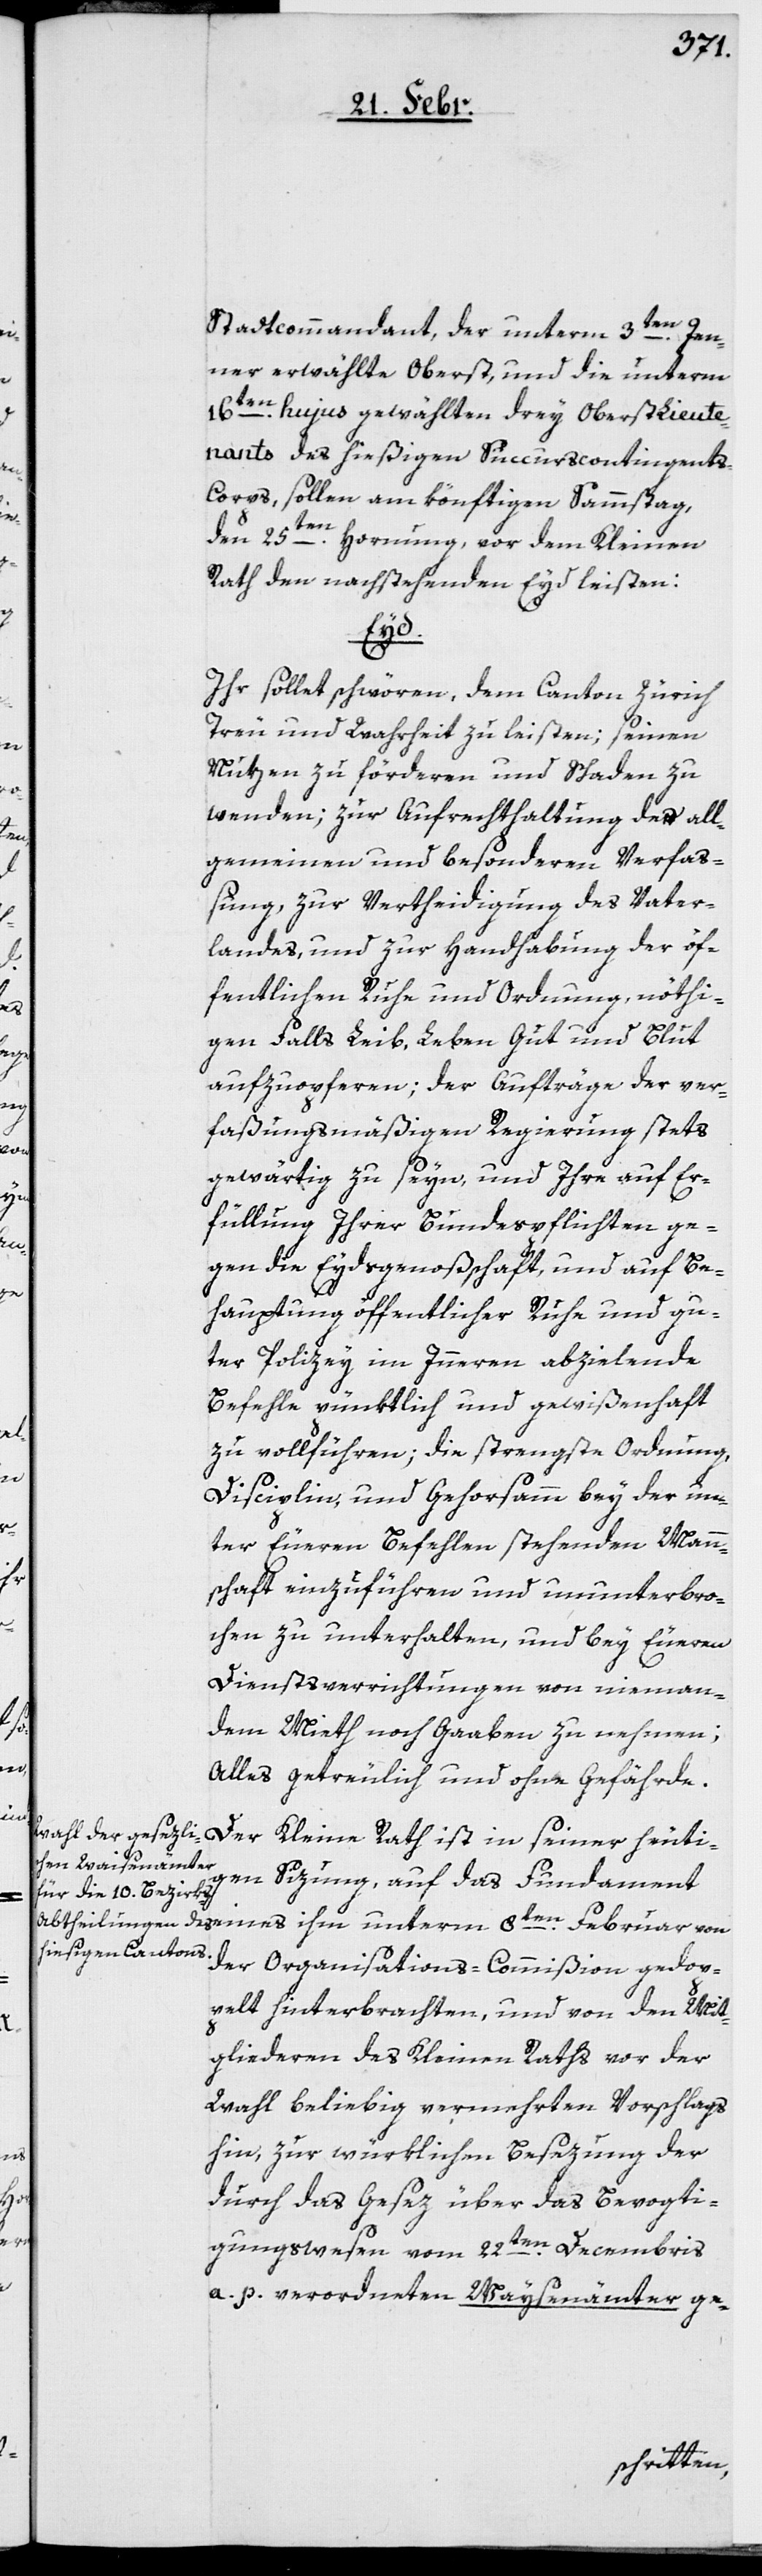
Stadtcommandant, der unterm 3ten. Jen¬
ner erwählte Oberst, und die unterm
16ten. hujus gewählten drey Oberstlieute¬
nants des hießigen Succurscontingent¬
s-Corps, sollen am könftigen Sammstag,
den 25ten. Hornung, vor dem Kleinen
Rath den nachstehenden Eyd leisten:
Februar
Ihr sollet schwören, dem Canton Zürich
Treu und Wahrheit zu leisten; seinen
Nutzen zu förderen und Schaden zu
wenden; zur Aufrechthaltung der all¬
gemeinen und besonderen Verfaß¬
ung, zu Verteidigung des Vater¬
landes und zur Handhabung der öf¬
fentlichen Ruhe und Ordnung, nöthi¬
gen Falls Leib, Leben, Gut und Blut
aufzuopferen; der Aufträge der ver¬
faßungsmäßigen Regierung stets
gewärtig zu seyn, und Ihre auf Er¬
füllung Ihrer Bundespflichten, ge¬
gen die Eydsgenoßenschaft, und auf Be¬
hauptung öffentlicher Ruhe und gu¬
ter Polizey im Innern abzielende
Befehle pünktlich und gewißenhaft
zu vollführen; die strengste Ordnung,
Disciplin und Gehorsamm bey der un¬
ter Euren Befehlen stehenden Mann¬
schaft einzuführen und ununterbro¬
chen zu unterhalten, und bey Euren
Dienstverrichtungen von nieman¬
dem Mieth noch Gaaben zu nehmen;
alles getreulich und ohne Gefährde.
Der Kleine Rath ist in seiner heuti¬
gen Sizung, auf das Fundament
der Organisations-Commißion gedop¬
pelt hinterbrachten, und von den Mit¬
gliederen des Kleinen Raths vor der
Wahl beliebig vermehrten Vorschlags
hin, zur würklichen Besezung der
durch das Gesez über das Bevogti¬
gungswesen vom 22ten. Decembris
a. p. verordneten Waysenämter ge-